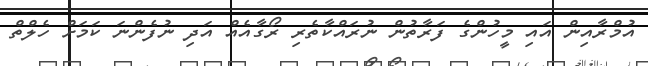
އުމްރާއިން އައި މީހުންގެ ފަރާތުން ނުރައްކާތެރި ރޯގާއެއް އަދި ނުފެންނަ ކަމަށް ހެލްތް